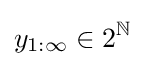
y_{1:\infty }\in 2^{\mathbb {N} }